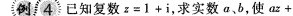
例i4已知复数$$z=1+i$$，求实数a、b，使az+